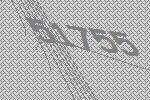
51755